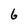
Character: 6